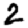
Digit: 2